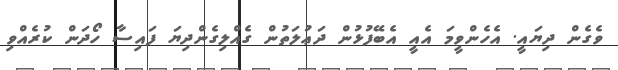
ވެގެން ދިޔައީ. އެެހެންވީމަ އެއީ އެބޭފުޅުން ދަޢުލަތުން ގެއްލިގެންދިޔަ ފައިސާ ހޯދަން ކުރެއްވި